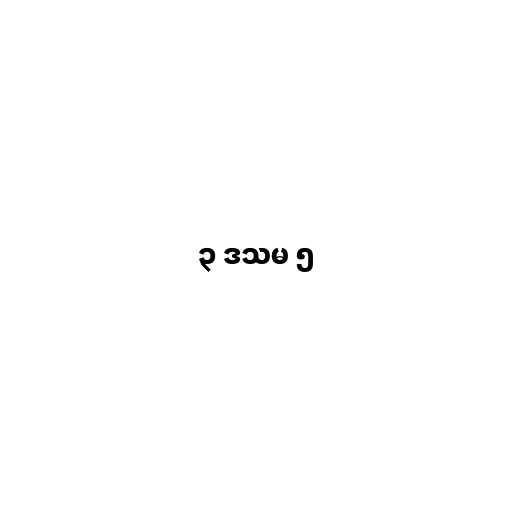
၃ ဒသမ ၅